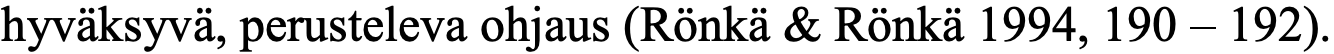
hyväksyvä, perusteleva ohjaus (Rönkä & Rönkä 1994, 190 – 192).